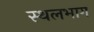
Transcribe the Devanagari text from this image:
स्थलभाग